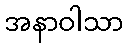
အနာဝါသာ